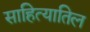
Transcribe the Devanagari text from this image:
साहित्यातिल